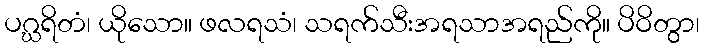
ပဂ္ဃရိတံ၊ ယိုသော။ ဖလရသံ၊ သရက်သီးအရသာအရည်ကို။ ပိဝိတွာ၊